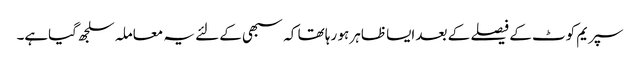
سپریم کوٹ کے فیصلے کے بعد ایسا ظاہر ہو رہا تھا کہ سبھی کے لئے یہ معاملہ سلجھ گیاہے۔